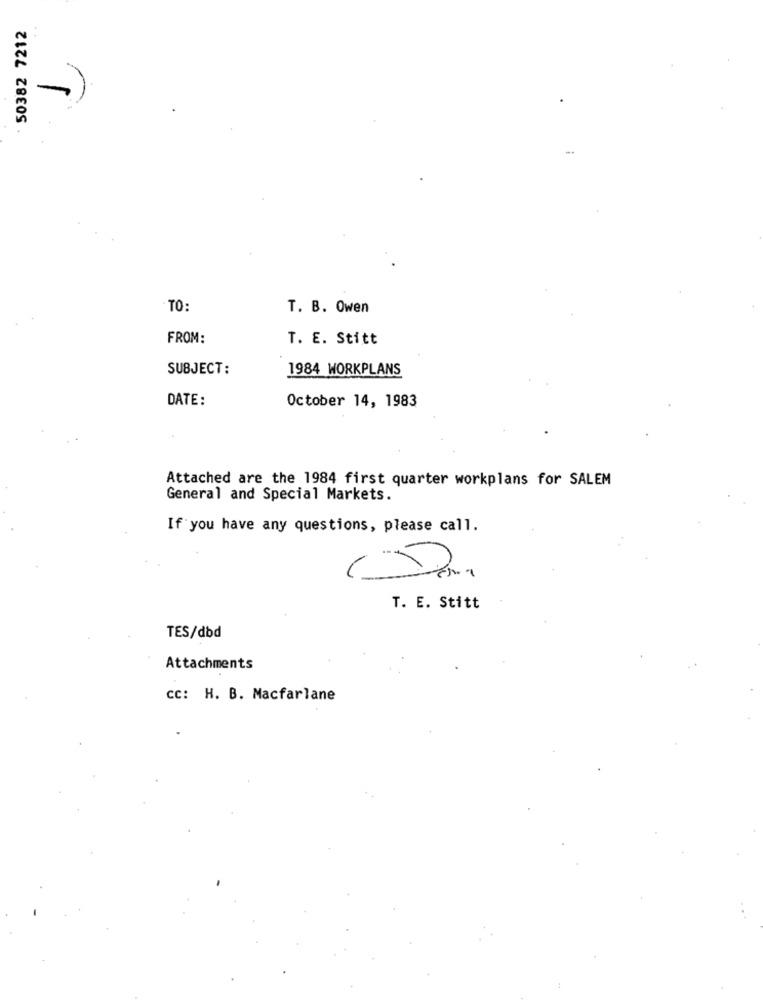
50382 7212
-)
TO:
T. B. Owen
FROM:
T. E. Stitt
SUBJECT:
1984 WORKPLANS
DATE:
October 14, 1983
Attached are the 1984 first quarter workplans for SALEM
General and Special Markets.
If you have any questions, please call.
T. E. Stitt
TES/dbd
Attachments
cc: H. B. Macfarlane